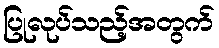
ပြုလုပ်သည့်အတွက်